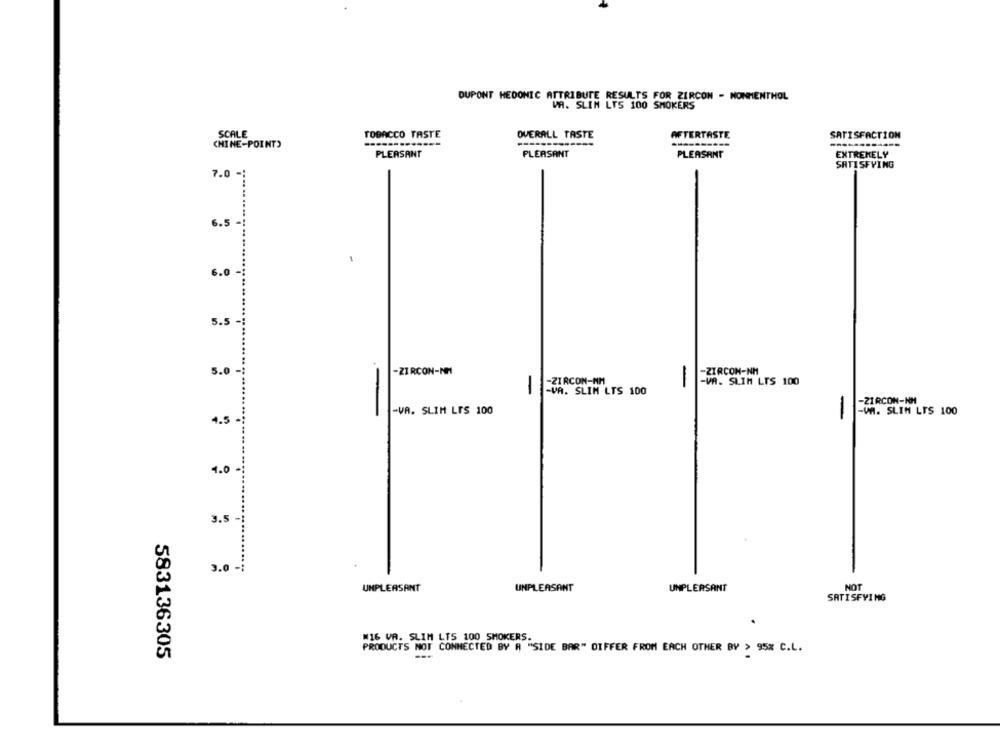
DUPONT HEDONIC ATTRIBUTE RESULTS FOR ZIRCON - NONMENTHOL
VA. SLIM LTS 100 SMOKERS
SCALE
TOBACCO TASTE
OVERALL TASTE
AFTERTASTE
SATISFACTION
CHINE-POINT)
PLEASANT
PLEASANT
PLEASANT
EXTREMELY
SATISFYING
7.0
6.5
... .. ........
6.0
-
5.5 -
5.0
-ZIRCON-NM
-ZIRCON-NH
-ZIRCON-NH
-VA. SLIM LTS 100
-
-VA. SLIM LTS 100
-
-ZIRCON-NH
-
-VA. SLIM LIS 100
-VA. SLIN LTS 100
4.5 -
-
4.0
3.5
3.0
NOT
UNPLEASANT
UNPLEASANT
UNPLEASANT
SATISFYING
M16 VA. SLIM LTS 100 SMOKERS.
PRODUCTS NOT CONNECTED BY A "SIDE BAR" DIFFER FROM EACH OTHER BY > 95% C.L.
583136305